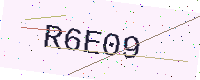
Text: R6E09